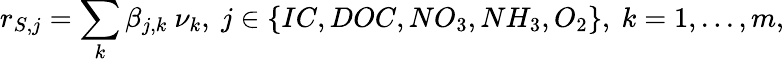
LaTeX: r_{S,j}=\sum_{k}\beta_{j,k}\ \nu_{k},\ j\in\{ IC,DOC,NO_{3},NH_{3},O_{2}\} ,\ k=1,...,m,